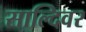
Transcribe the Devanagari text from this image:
साल्दिवर